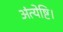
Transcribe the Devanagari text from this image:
अंत्येष्टि।